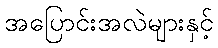
အပြောင်းအလဲများနှင့်